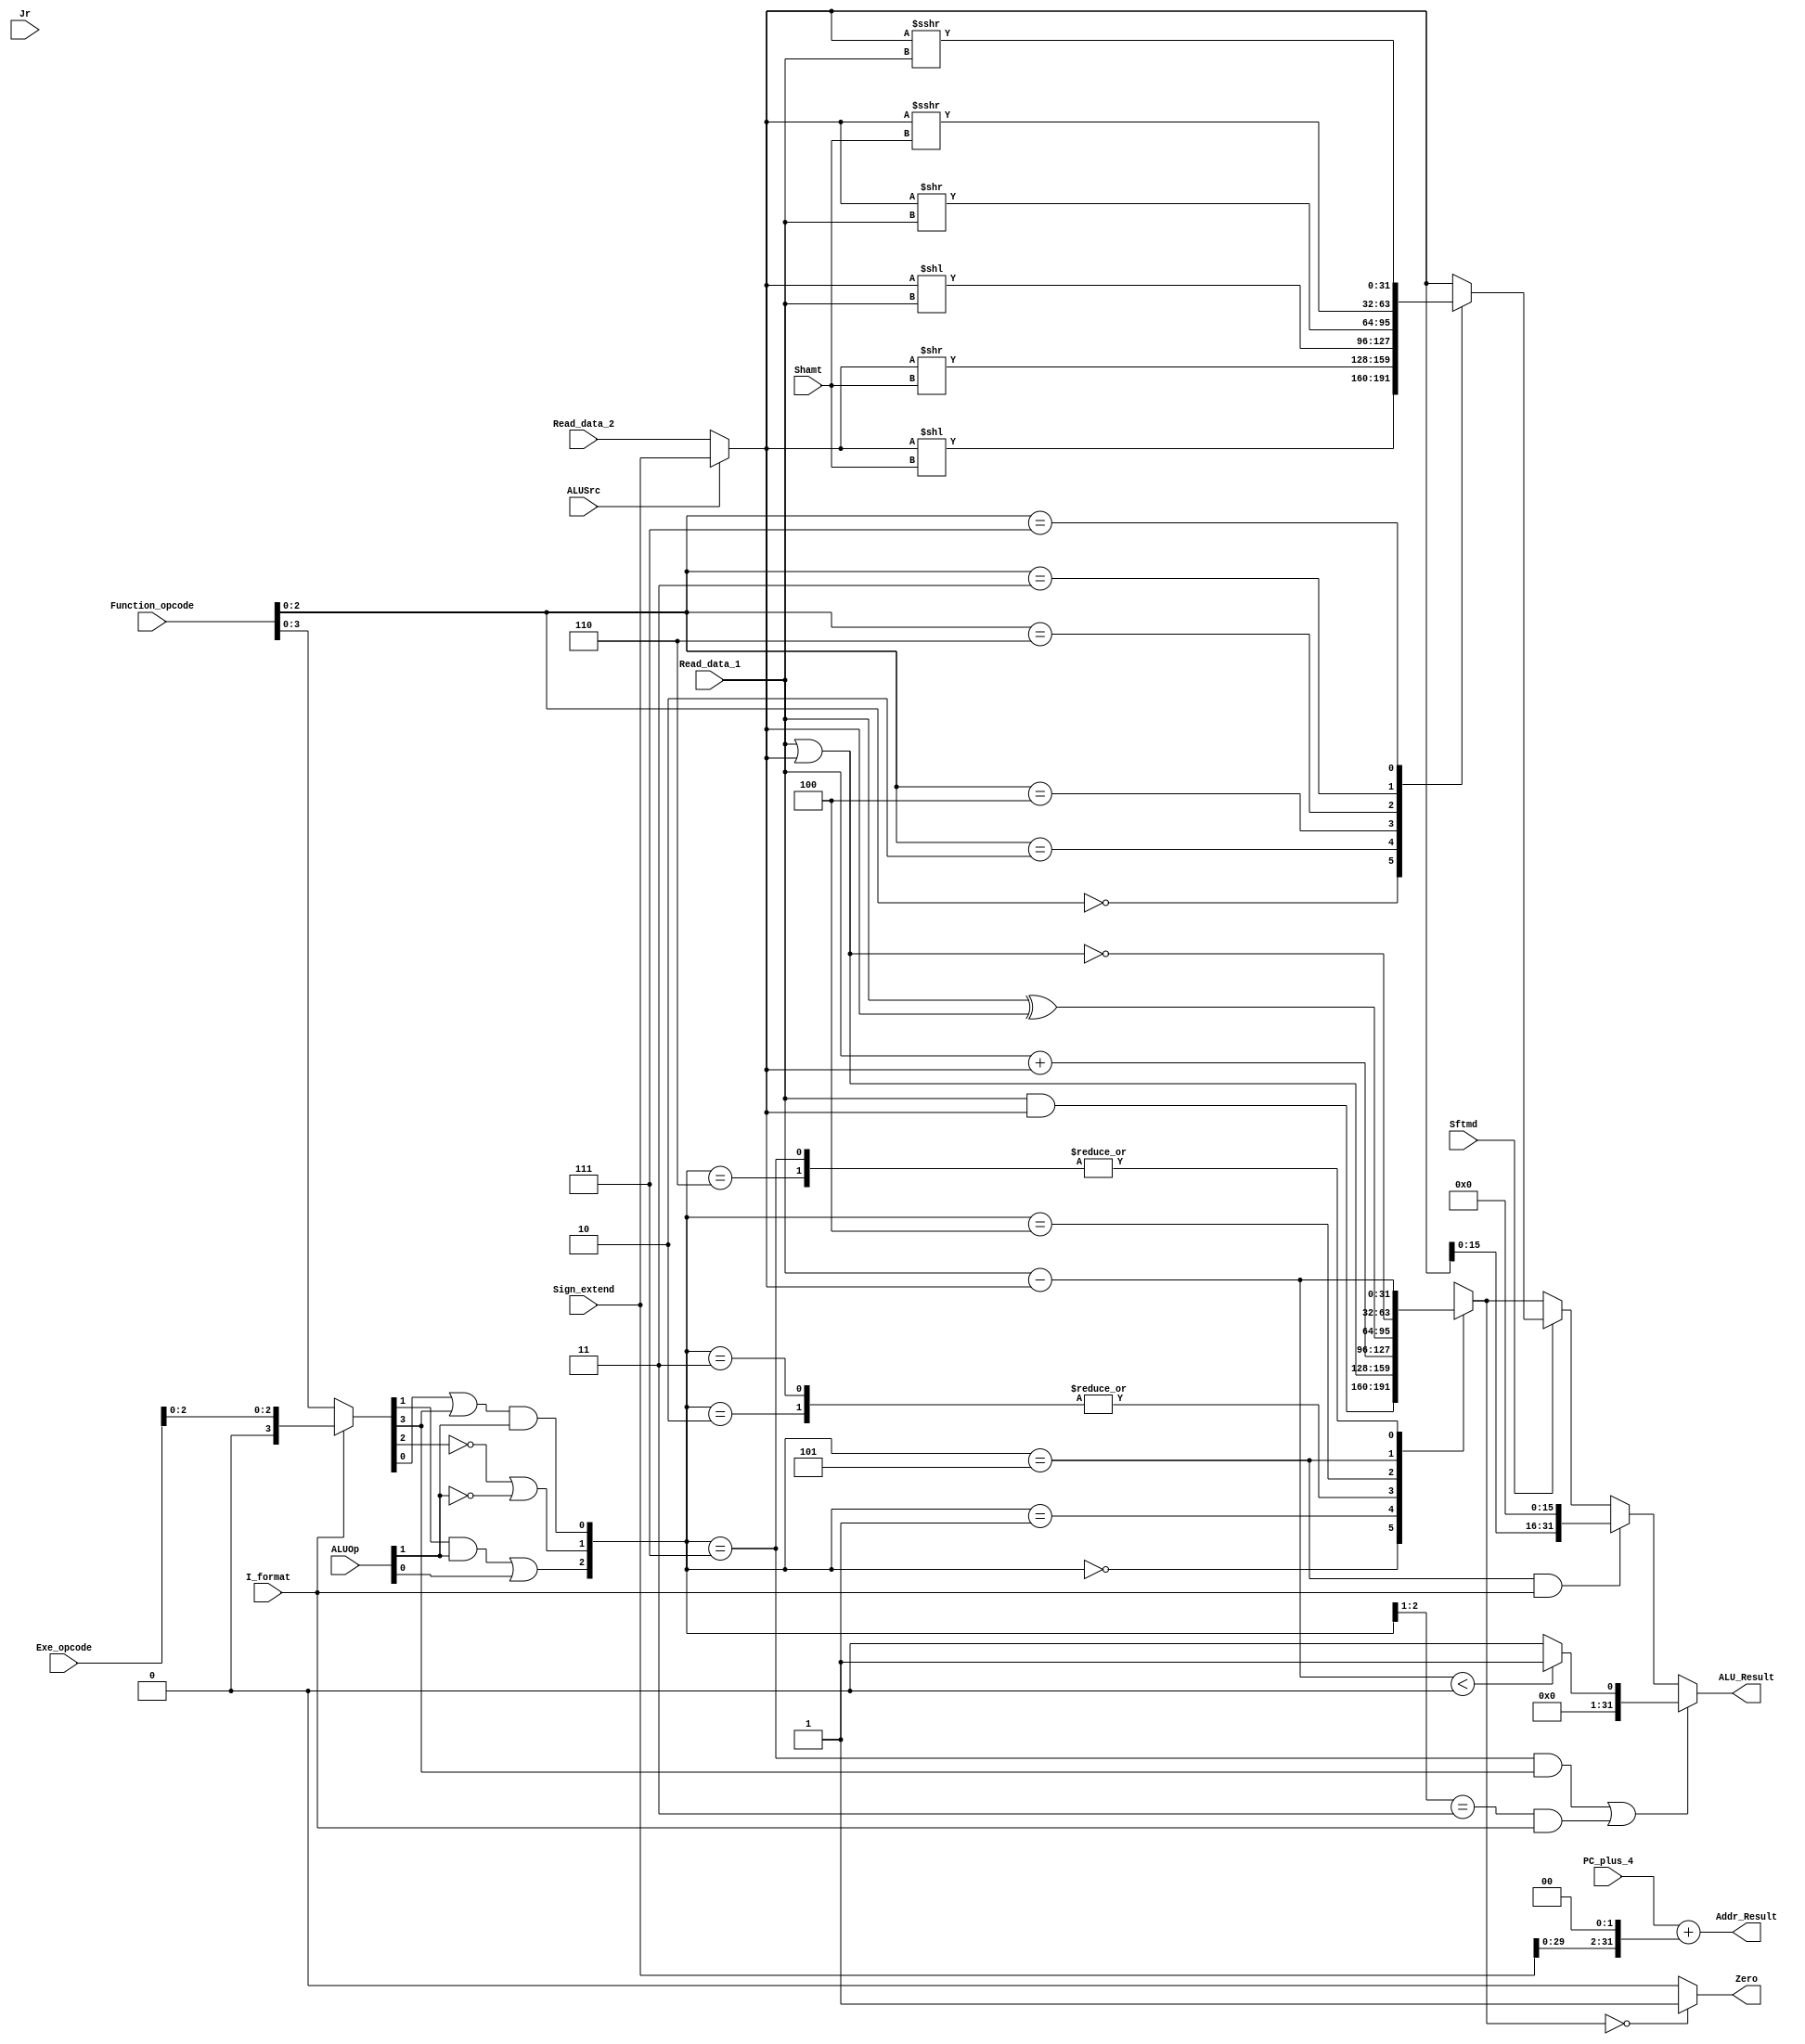
`timescale 1ns / 1ps
module executs32(Read_data_1,Read_data_2,Sign_extend,Function_opcode,Exe_opcode,ALUOp,Shamt,ALUSrc,I_format,Zero,Jr,Sftmd,ALU_Result,Addr_Result,PC_plus_4);
    input[31:0]  Read_data_1;		// Read_data_1
    input[31:0]  Read_data_2;		// Read_data_2
    input[31:0]  Sign_extend;		// 
    input[5:0]   Function_opcode;  	// r-,r-form instructions[5:0]
    input[5:0]   Exe_opcode;  		// 
    input[1:0]   ALUOp;             // 
    input[4:0]   Shamt;             // instruction[10:6]
    input  		 Sftmd;            // 
    input        ALUSrc;            // beqbne
    input        I_format;          // beq, bne, LW, SWI-
    input        Jr;               // JR
    input[31:0]  PC_plus_4;         // PC+4
    output wire      Zero;              // 10 
    output reg [31:0] ALU_Result;        // 
    output wire [31:0] Addr_Result;		//         
    
    wire signed [31:0] input1,input2;   
    assign input1 = Read_data_1;
    assign input2 = (ALUSrc == 0) ? Read_data_2 : Sign_extend[31:0];

    wire [32:0] Addr;
    assign Addr=PC_plus_4[31:0] + {Sign_extend[29:0],2'b0};
    assign Addr_Result=Addr[31:0];
    
    wire    [5:0] Exe_code;         
    assign Exe_code = (I_format==0) ? Function_opcode : { 3'b000 , Exe_opcode[2:0]};

    wire    [2:0] ALU_ctl;          
    assign ALU_ctl[0] = (Exe_code[0] | Exe_code[3]) & ALUOp[1];
    assign ALU_ctl[1] = ((!Exe_code[2]) | (!ALUOp[1]));
    assign ALU_ctl[2] = (Exe_code[1] & ALUOp[1]) | ALUOp[0];
    
    reg     [31:0] ALU_output_mux;
    always @(*) begin
        case(ALU_ctl)
            3'b000: ALU_output_mux = input1 & input2;
            3'b001: ALU_output_mux = input1 | input2;
            3'b010: ALU_output_mux = input1 + input2;
            3'b011: ALU_output_mux = input1 + input2;
            3'b100: ALU_output_mux = input1 ^ input2;
            3'b101: ALU_output_mux = ~(input1 | input2);
            3'b110: ALU_output_mux = input1 - input2;
            3'b111: ALU_output_mux = input1 - input2;
            default: ALU_output_mux <= 32'h0000_0000;
        endcase        
    end
    assign Zero = (ALU_output_mux[31:0] == 32'h00000000) ? 1'b1 : 1'b0;
    
    reg     [31:0] Shift_Result;    
    wire    [2:0] Sftm;             
    assign Sftm = Function_opcode[2:0]; 
    always @(*) begin
        if(Sftmd) begin
          case (Sftm[2:0])
            3'b000: Shift_Result <= input2 << Shamt; // sll
            3'b010: Shift_Result <= input2 >> Shamt; // srl
            3'b100: Shift_Result <= input2 << input1; // sllv
            3'b110: Shift_Result <= input2 >> input1; // srlv
            3'b011: Shift_Result <= input2 >>> Shamt; // sra
            3'b111: Shift_Result <= input2 >>> input1; // srav
            default:Shift_Result <= input2;
          endcase
        end
        else begin
          Shift_Result <= input2;
        end
    end

    always @(*) begin
        if(((ALU_ctl==3'b111) && (Exe_code[3]==1))||((ALU_ctl[2:1]==2'b11) && (I_format==1))) begin
            ALU_Result <= (input1-input2<0)?1:0;
        end
       
        else if((ALU_ctl==3'b101) && (I_format==1)) begin
            ALU_Result[31:0] <= {input2[15:0],{16{1'b0}}};
        end
       
        else if(Sftmd == 1'b1) begin
            ALU_Result <= Shift_Result;
        end
        
        else begin
            ALU_Result <= ALU_output_mux[31:0];
        end
        
    end
endmodule